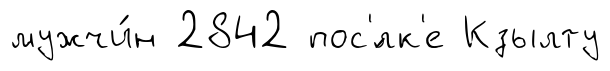
мужчи́н 2842 пос'́лк'е Кзылту